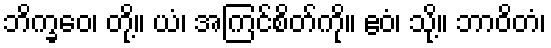
ဘိက္ခဝေ၊ တို့။ ယံ၊ အကြင်စိတ်ကို။ ဧဝံ၊ သို့။ ဘာဝိတံ၊